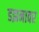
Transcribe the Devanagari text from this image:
डझनावर